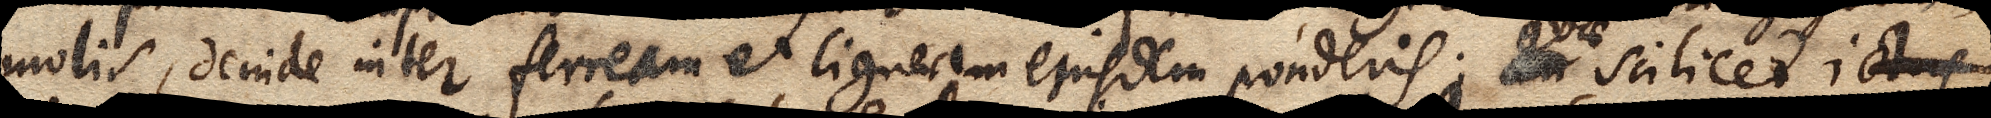
molis, deinde inter ferream et ligneam ejusdem ponderis; xx scilicet ictus